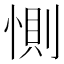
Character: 惻